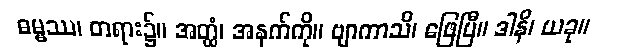
ဓမ္မဿ၊ တရား၌။ အတ္ထံ၊ အနက်ကို။ ဗျာကာသိ၊ ဖြေပြီ။ ဒါနိ၊ ယခု။